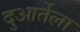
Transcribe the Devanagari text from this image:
दुआर्तेला